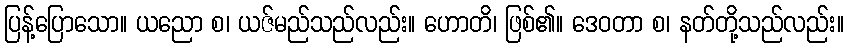
ပြန့်ပြောသော။ ယညော စ၊ ယဇ်မည်သည်လည်း။ ဟောတိ၊ ဖြစ်၏။ ဒေဝတာ စ၊ နတ်တို့သည်လည်း။